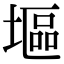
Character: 塸